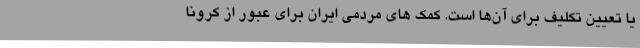
یا تعیین تکلیف برای آن‌ها است. کمک های مردمی ایران برای عبور از کرونا